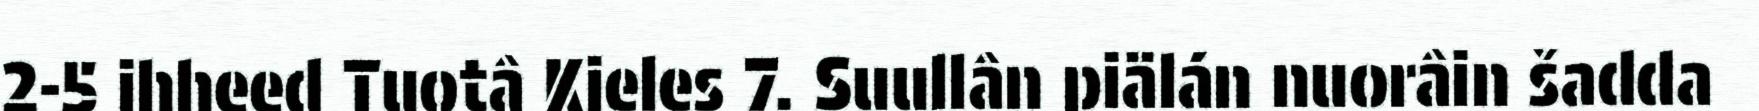
2-5 ihheed Tuotâ Kieles 7. Suullân piälán nuorâin šadda